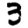
Digit: 3